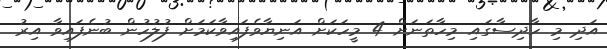
އަދި މި ހާދިސާގައި މިހާތަނަށް 4 މީހަކަށް އަނިޔާވެފައިވާކަމަށް ފުލުހުން ބުނެފައިވާ އިރު